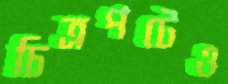
চিত্রপটেও